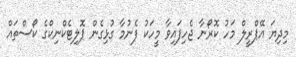
މިދިޔަ އޭޕްރީލް މަހު ކޮރޯނާ ޖެހިފައިވާ މީހަކު ފެނުމާ ގުޅިގެން ޕޮލިޓެކްނިކްގެ ކޯސްތައް